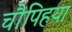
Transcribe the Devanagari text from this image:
चौपिहया